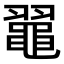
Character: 𪓦